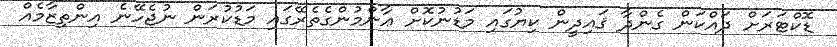
ޑޮކްޓަރަށް ދައްކަން ގެންދާ ޤައިދީން ކިޔުގައި މަޑުނުކޮށް ޢާންމުންގެތެރޭގައި މަޑުކުރަން ނުޖެހޭނެ އިންތިޒާމެއް